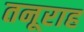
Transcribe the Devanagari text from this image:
तनूराह